Document type: Sale
Year: 1499
Scribe: Joan Martínez de Sòria
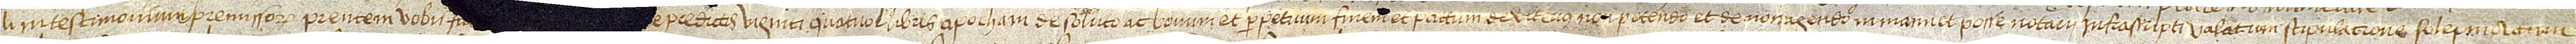
li, in testimonium premissorum pre(se)ntem vobis fa[cimus vobis et vestris d]e predictis viginti quatuor libris apocham de soluto ac bonum et perpetuum finem et pactum de ulterius non petendo et de non agendo in manu et posse notarii infrascripti, valatum stipulacione solepni.